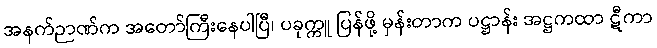
အနက်ဉာဏ်က အတော်ကြီးနေပါပြီ၊ ပခုက္ကူ ပြန်ဖို့ မှန်းတာက ပဋ္ဌာန်း အဋ္ဌကထာ ဋီကာ